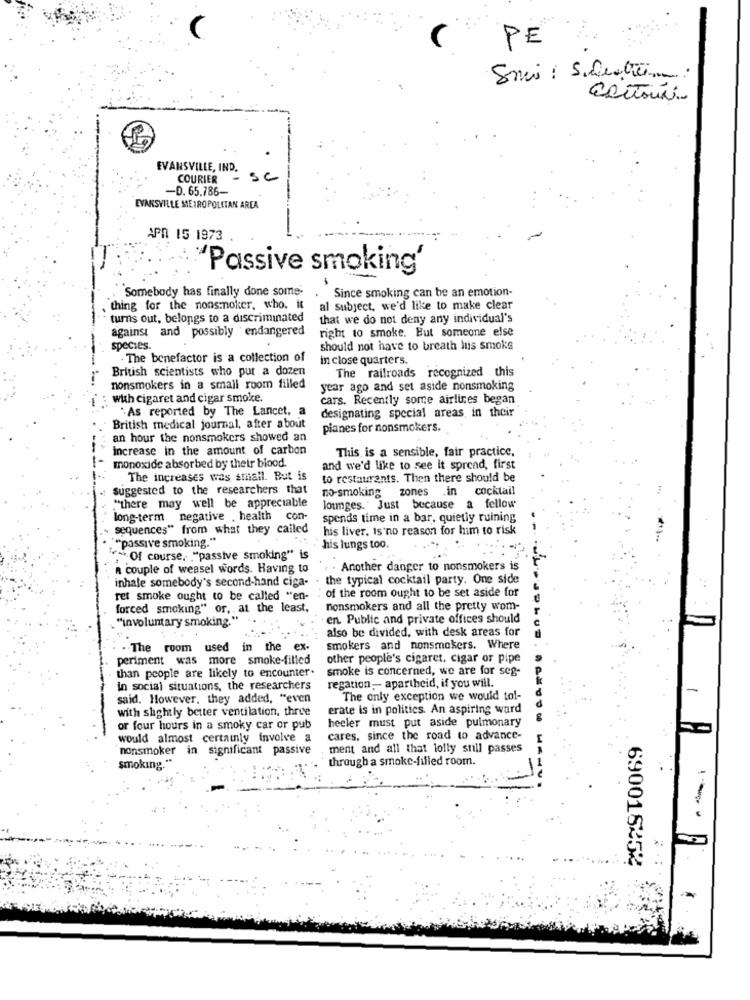
(
PE
EVANSVILLE, IND.
COURIER
SC
-D. 65.786-
EVANSVILLE METROPOLITAN AREA
APR 15 1973
Passive smoking'
Somebody has finally done some-
Since smoking can be an emotion-
. thing for the nonsmoker, who. it
al subject, we'd like to make clear
turns out, belongs to a discriminated
that we do not deny any individual's
-
against and possibly endangered
right to smoke. But someone else
species.
should not have to breath his smoke
. The benefactor is a collection of
in close quarters.
British scientists who put a dozen
The railroads recognized this
nonsmokers in a small room filled
year ago and set aside nonsmoking
with cigaret and cigar smoke.
cars. Recently some airlines began
"As reported by The Lancet, a
designating special areas, in their
British medical journal, after about
pianes for nonsmokers.
an hour the nonsmokers showed an
Increase in the amount of carbon
This is a sensible, fair practice.
monoxide absorbed by their blood.
and we'd like to see it spread, first
The increases was small. But is
to restaurants. Then there should be
suggested to the researchers that
no-smoking
zones
.in cocktail
"there may well be appreciable
lounges. Just because a fellow
long-term negative . health con-
spends time in a bar, quietly ruining
sequences" from what they called
his liver. is'no reason for him to risk
"passive smoking."
his lungs too.
"" Of course, "passive smoking" is
A couple of weasel words. Having to
. Another danger to nonsmokers is
inhale somebody's second-hand ciga- . the typical cocktail party. One side
of the room ought to be set aside for
ret smoke ought to be called "en-
forced smoking" or ,. at the least,
nonsmokers and all the pretty wom-
en Public and private offices should
"involuntary smoking."
also be divided, with desk areas for
. The room used
in the ex-
smokers and nonsmokers. Where
periment was more smoke-filled
other people's cigaret, cigar or pipe
than people are likely to encounter.
smoke is concerned, we are for seg-
regation- apartheid, if you will.
in social situations, the researchers
-
said. However, they added, "even
The only exception we would tol-
with shghtly better ventilation, three
erate is in politics. An aspiring ward
heeler must put aside pulmonary
or four hours in a smoky car or pub
would almost certainly involve a
cares, since the road to advance-
nonsmoker in significant passive
ment and all that lolly still passes
through a smoke-filled room.
smoking."
690015252